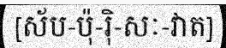
[ស័ប-ប៉ុ-រ៉ិ-សៈ-វាត]